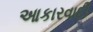
આકારવાદી